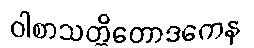
ဝါစာသတ္တိတောဒကေန